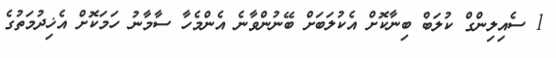
1 ސެއިލިންގް ކުލަބް ބިނާކޮށް އެކުލަބަށް ބޭނުންވާނެ އެންމެހާ ސާމާނު ހަމަކޮށް އެޚިދުމަތުގެ